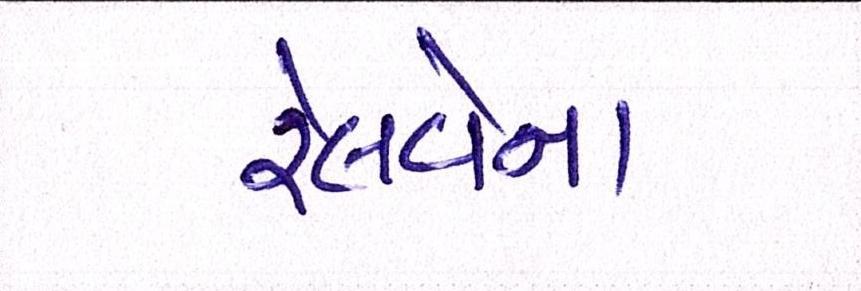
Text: રેલવેના